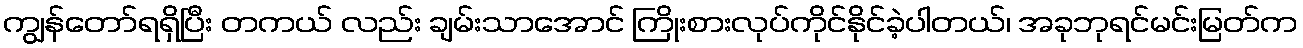
ကျွန်တော်ရရှိပြီး တကယ် လည်း ချမ်းသာအောင် ကြိုးစားလုပ်ကိုင်နိုင်ခဲ့ပါတယ်၊ အခုဘုရင်မင်းမြတ်က